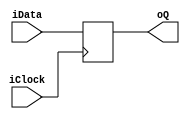
/******************
	FileName	:	DFlipFlop.v
	Author	:	daniel
	Description	:	Example of a rising edge flip-flop
	Revision	:	2017/12/20
	Company	:	***********
	code	:	Verilog-2001
************************/
module DFlipFlop(
input 		iData,iClock,
output reg  oQ);
always @(posedge iClock)
	oQ <= iData;
endmodule